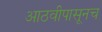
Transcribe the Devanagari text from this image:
आठवीपासूनच